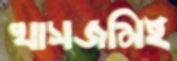
খাসজমিই